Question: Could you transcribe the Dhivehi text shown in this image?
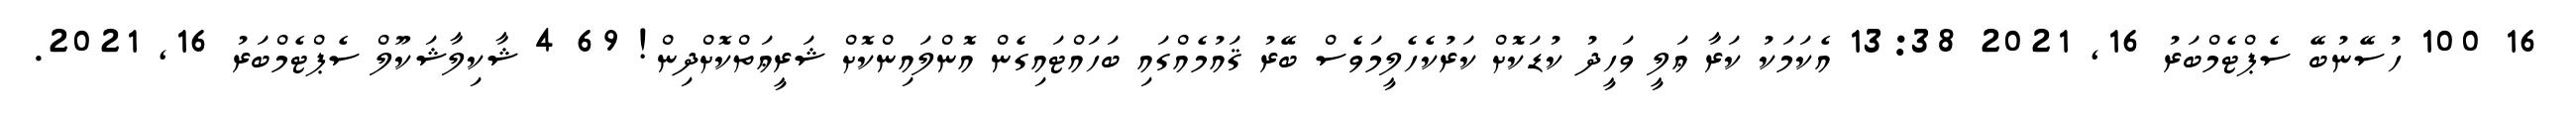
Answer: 16 100 ހުސޭނުބޭ ސެޕްޓެމްބަރު 16, 2021 13:38 އެކަމަކު ކަރާ ޢަލީ ވަހީދު ކުޑަކޮށް ކަރުކެހެލީމަވެސް ބޭރު ޤައުމެއްގައި ބަހައްޓައިގެން އޮންލައިންކޮށް ޝަރީޢަތްކޮށްދިން! 69 4 ޝާކިލާޝަކޫލް ސެޕްޓެމްބަރު 16, 2021.